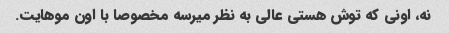
نه، اونی که توش هستی عالی به نظر میرسه مخصوصا با اون موهایت.